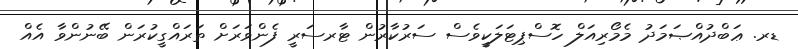
ޑރ. ޢަބްދުއްޞަމަދު މެމޯރިއަލް ހޮސްޕިޓަލަކީވެސް ސަރުކާރުން ޓާރސަރީ ފެންވަރަށް ތަރައްގީކުރަން ބޭނުންވާ އެއް